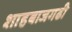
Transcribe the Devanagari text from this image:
शाहबाजगढी